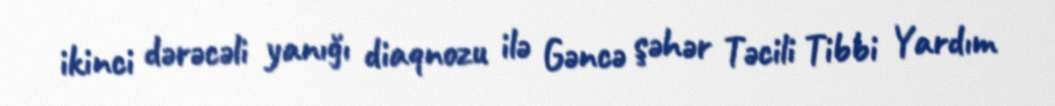
ikinci dərəcəli yanığı diaqnozu ilə Gəncə şəhər Təcili Tibbi Yardım